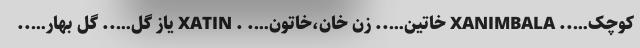
کوچک….. XANIMBALA خاتین….. زن خان،خاتون…. . XATIN یاز گل….. گل بهار…..